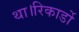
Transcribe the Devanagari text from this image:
था।रिकार्डो